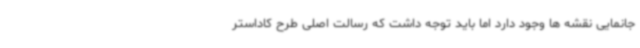
جانمایی نقشه ها وجود دارد اما باید توجه داشت که رسالت اصلی طرح کاداستر